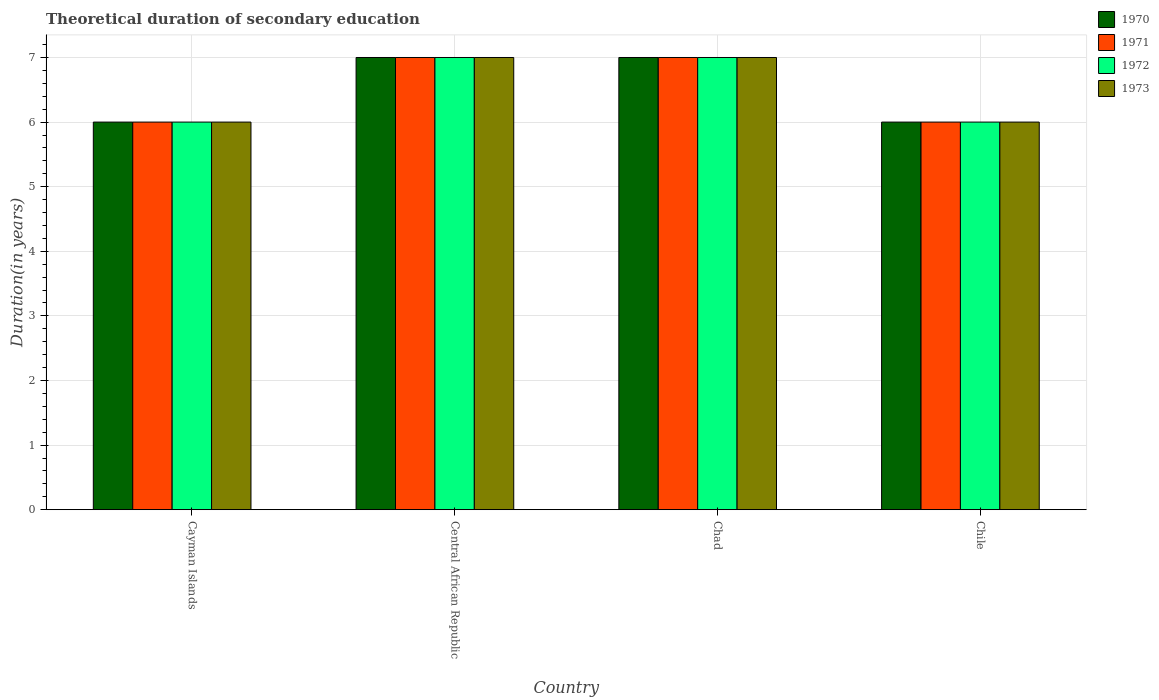
| Country | 1970 | 1971 | 1972 | 1973 |
 | --- | --- | --- | --- | --- |
 | Cayman Islands | 6 | 6 | 6 | 6 |
 | Central African Republic | 7 | 7 | 7 | 7 |
 | Chad | 7 | 7 | 7 | 7 |
 | Chile | 6 | 6 | 6 | 6 |